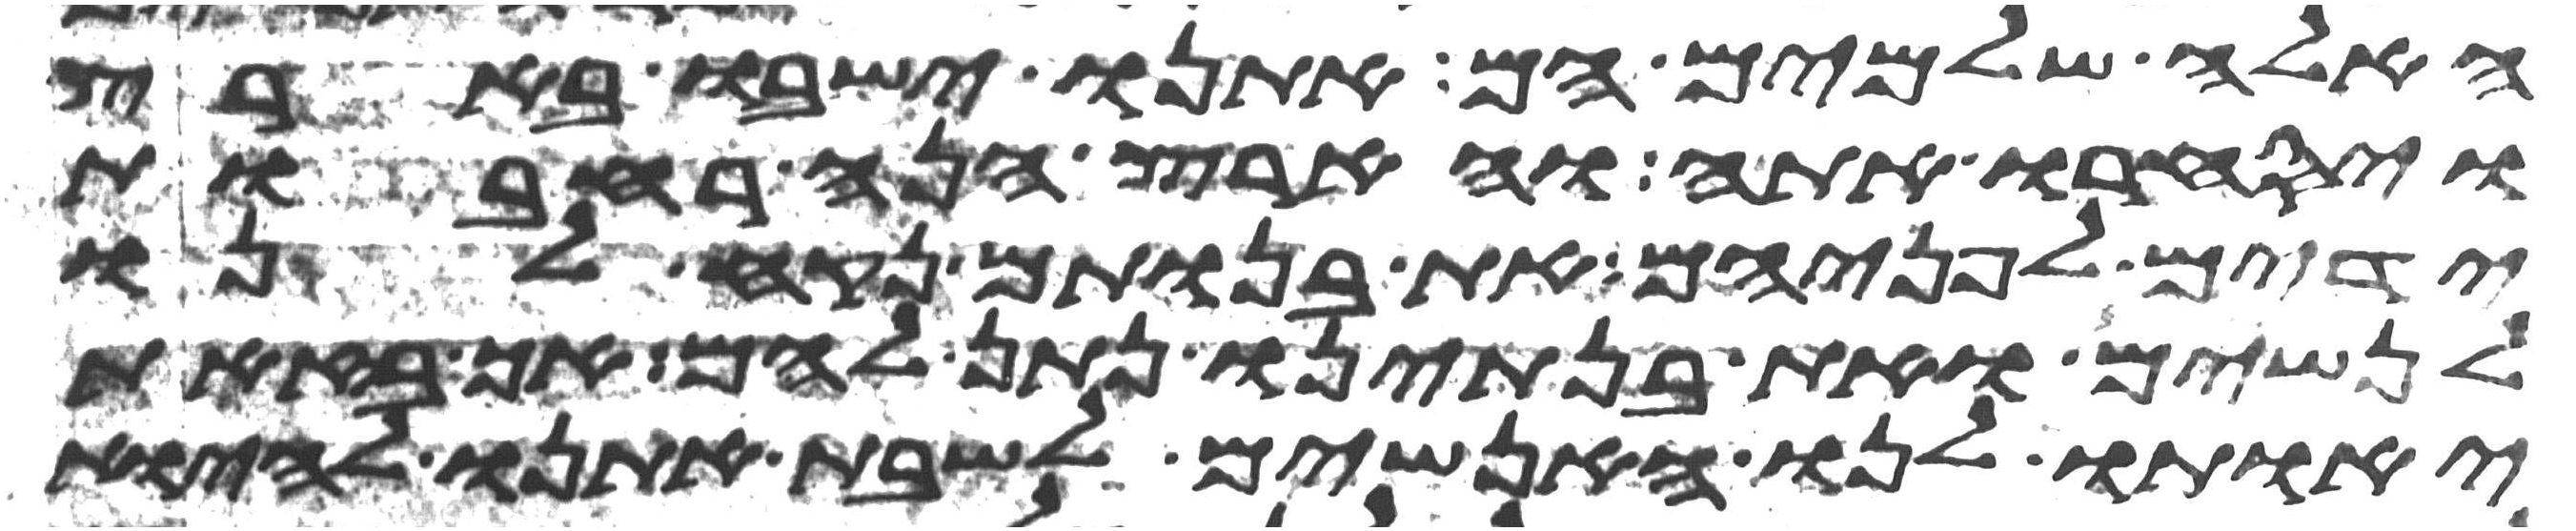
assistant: האלה שלמים הם אתנו ישבו בארץ
ויסחרו אתה והארץ הנה רחבות
ידים לפניהם את בנותם נקח לנו
לנשים ואת בנתינו נתן להם אך בזאת
יאותו לנו האנשים לשבת אתנו להיות